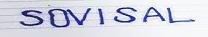
SOVISAL